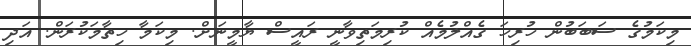
މިކަމުގެ ސަބަބުން ހުރިހަ ގެއްލުމެއް ކުރިމަތިވާނީ ރައީސް ޔާމީނަށް. މިކަމާ ހިތާމަކުރަން. އަދި